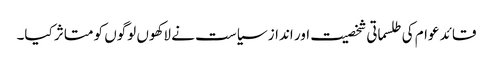
قائد عوام کی طلسماتی شخصیت اور انداز سیاست نے لاکھوں لوگوں کو متاثر کیا۔